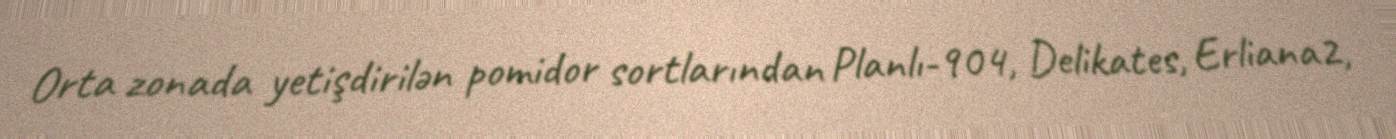
Orta zonada yetişdirilən pomidor sortlarından Planlı-904, Delikates, Erliana2,